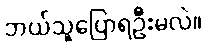
ဘယ်သူပြောရဦးမလဲ။